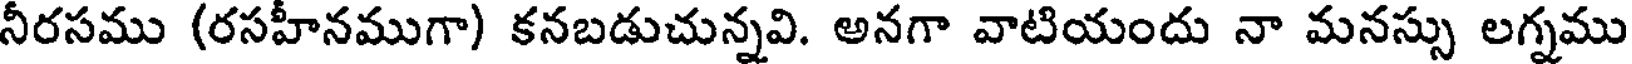
నీరసము (రసహీనముగా) కనబడుచున్నవి. అనగా వాటియందు నా మనస్సు లగ్నము